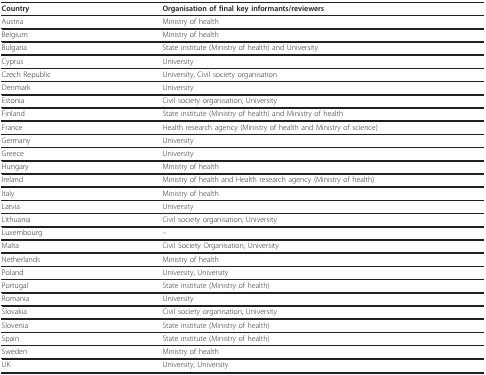
<table><thead><tr><td><b>Country</b></td><td><b>Organisation of final key informants/reviewers</b></td></tr></thead><tbody><tr><td>Austria</td><td>Ministry of health</td></tr><tr><td>Belgium</td><td>Ministry of health</td></tr><tr><td>Bulgaria</td><td>State institute (Ministry of health) and University</td></tr><tr><td>Cyprus</td><td>University</td></tr><tr><td>Czech Republic</td><td>University, Civil society organisation</td></tr><tr><td>Denmark</td><td>University</td></tr><tr><td>Estonia</td><td>Civil society organisation, University</td></tr><tr><td>Finland</td><td>State institute (Ministry of health) and Ministry of health</td></tr><tr><td>France</td><td>Health research agency (Ministry of health and Ministry of science)</td></tr><tr><td>Germany</td><td>University</td></tr><tr><td>Greece</td><td>University</td></tr><tr><td>Hungary</td><td>Ministry of health</td></tr><tr><td>Ireland</td><td>Ministry of health and Health research agency (Ministry of health)</td></tr><tr><td>Italy</td><td>Ministry of health</td></tr><tr><td>Latvia</td><td>University</td></tr><tr><td>Lithuania</td><td>Civil society organisation, University</td></tr><tr><td>Luxembourg</td><td>--</td></tr><tr><td>Malta</td><td>Civil Society Organisation, University</td></tr><tr><td>Netherlands</td><td>Ministry of health</td></tr><tr><td>Poland</td><td>University, University</td></tr><tr><td>Portugal</td><td>State institute (Ministry of health)</td></tr><tr><td>Romania</td><td>University</td></tr><tr><td>Slovakia</td><td>Civil society organisation, University</td></tr><tr><td>Slovenia</td><td>State institute (Ministry of health)</td></tr><tr><td>Spain</td><td>State institute (Ministry of health)</td></tr><tr><td>Sweden</td><td>Ministry of health</td></tr><tr><td>UK</td><td>University, University</td></tr></tbody></table>